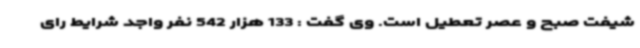
شیفت صبح و عصر تعطیل است. وی گفت : 133 هزار 542 نفر واجد شرایط رای